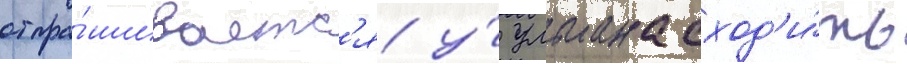
отпра́шиваетс'я у́ ульмана сход'и́ть